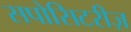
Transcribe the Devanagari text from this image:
सपोसिटरीज़